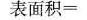
$$表 面 积 =$$